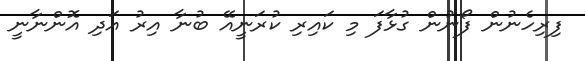
ފިރިހެނުން ފޯނުން ގުޅާފަ މި ކައިރި ކުރަނީއޭ ބުނާ އިރު އަދި އޮންނާނީ